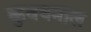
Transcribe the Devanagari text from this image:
कुवयमाल